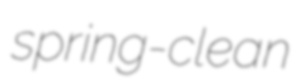
spring-clean